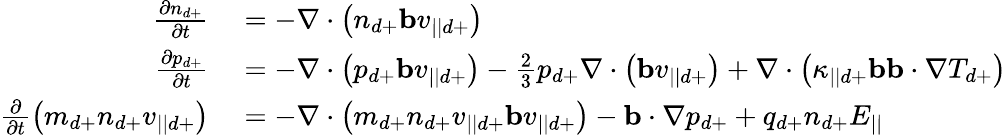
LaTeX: \begin{array}{rl}{\frac{\partial n_{d+}}{\partial t}}&{{}=-\nabla\cdot\left(n_{d+}\mathbf{b}v_{||d+}\right)}\\ {\frac{\partial p_{d+}}{\partial t}}&{{}=-\nabla\cdot\left(p_{d+}\mathbf{b}v_{||d+}\right)-\frac{2}{3}p_{d+}\nabla\cdot\left(\mathbf{b}v_{||d+}\right)+\nabla\cdot\left(\kappa_{||d+}\mathbf{b}\mathbf{b}\cdot\nabla T_{d+}\right)}\\ {\frac{\partial}{\partial t}\left(m_{d+}n_{d+}v_{||d+}\right)}&{{}=-\nabla\cdot\left(m_{d+}n_{d+}v_{||d+}\mathbf{b}v_{||d+}\right)-\mathbf{b}\cdot\nabla p_{d+}+q_{d+}n_{d+}E_{||}}\end{array}